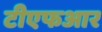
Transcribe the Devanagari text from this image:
टीएफआर